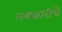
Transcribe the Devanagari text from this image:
लयकारीचे